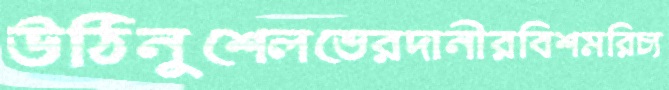
উঠিনুশেলভেরদানীরবিশমরিচ্য